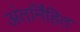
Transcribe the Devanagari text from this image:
अंतर्नि॑हित